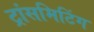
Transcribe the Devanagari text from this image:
ट्रांसमिटिंग